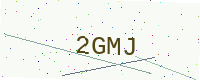
Text: 2GMJ